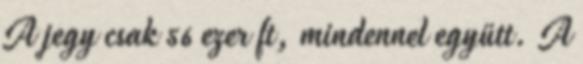
A jegy csak 56 ezer ft, mindennel együtt. A